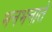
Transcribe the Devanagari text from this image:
भनभनाते